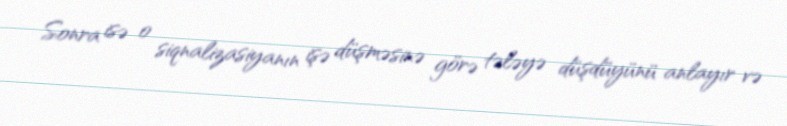
Sonra isə o siqnalizasiyanın işə düşməsinə görə tələyə düşdüyünü anlayır və